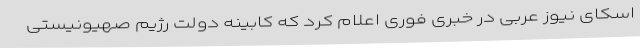
اسکای نیوز عربی در خبری فوری اعلام کرد که کابینه دولت رژیم صهیونیستی